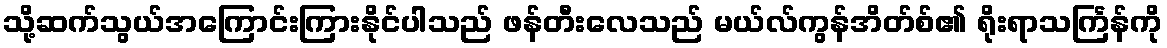
သို့ဆက်သွယ်အကြောင်းကြားနိုင်ပါသည် ဖန်တီးလေသည် မယ်လ်ကွန်အိတ်စ်၏ ရိုးရာသင်္ကြန်ကို